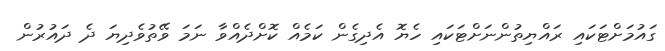
ގައުމަށްޓަކައި ރައްޔިތުންނަށްޓަކައި ހެޔޮ އެދިގެން ކަމެއް ކޮށްދެއްވާ ނަމަ ވޭތުވެދިޔަ ދެ ދައުރުން